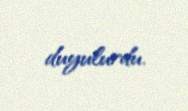
duyulurdu.